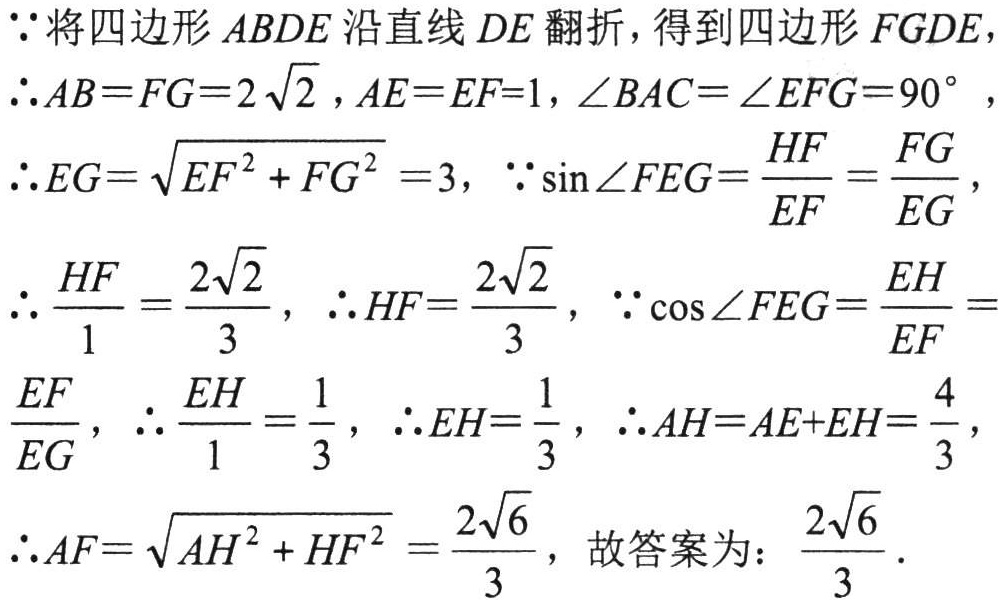
$\because$将四边形$ABDE$沿直线$DE$翻折，得到四边形$FGDE$，
$\therefore AB = FG = 2\sqrt{2}，AE = EF = 1，\angle BAC=\angle EFG = 90^{\circ}$，
$\therefore EG=\sqrt{EF^{2}+FG^{2}} = 3$，$\because\sin\angle FEG=\frac{HF}{EF}=\frac{FG}{EG}$，
$\therefore\frac{HF}{1}=\frac{2\sqrt{2}}{3}$，$\therefore HF=\frac{2\sqrt{2}}{3}$，$\because\cos\angle FEG=\frac{EH}{EF}=$
$\frac{EF}{EG}$，$\therefore\frac{EH}{1}=\frac{1}{3}$，$\therefore EH=\frac{1}{3}$，$\therefore AH = AE + EH=\frac{4}{3}$，
$\therefore AF=\sqrt{AH^{2}+HF^{2}}=\frac{2\sqrt{6}}{3}$，故答案为：$\frac{2\sqrt{6}}{3}$．